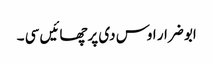
ابو ضرار اوس دی پرچھائیں سی ۔